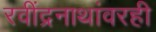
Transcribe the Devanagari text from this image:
रवींद्रनाथांवरही